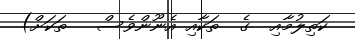
ކަތިލުމާއި  ގެ  ތަކާއި އެނޫންވެސް   ތަކަށް)